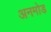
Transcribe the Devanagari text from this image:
अनमोड